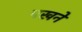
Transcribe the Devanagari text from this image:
पखने